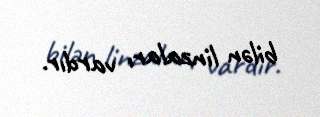
bilən linzaları vardır.